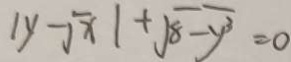
\vert y - \sqrt { x } \vert + \sqrt { 8 - y ^ { 3 } } = 0